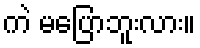
ကဲ မပြောဘူးလား။